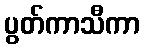
ပွတ်ကာသီကာ